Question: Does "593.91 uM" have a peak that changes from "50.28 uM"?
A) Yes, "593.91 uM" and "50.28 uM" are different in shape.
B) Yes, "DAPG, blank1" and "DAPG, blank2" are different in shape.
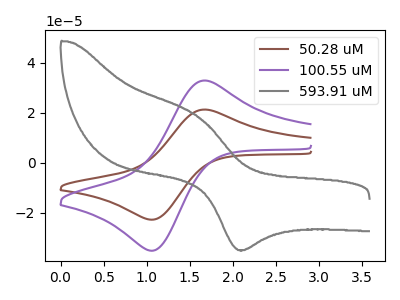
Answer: <think>The brown curve "50.28 uM" has an anodic peak at (1.65V, 21.25uA) and a cathodic peak at (1.05V, -22.70uA). The purple curve "100.55 uM" has an anodic peak at (1.65V, 32.80uA) and a cathodic peak at (1.05V, -35.10uA). The gray curve "593.91 uM" has an anodic peak at (1.60V, 18.25uA) and a cathodic peak at (2.10V, -34.85uA).
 "593.91 uM" and "50.28 uM" have at least one peak that do not match.</think>
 <answer>A) Yes, "593.91 uM" and "50.28 uM" are different in shape.</answer>
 <eval>A</eval>